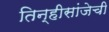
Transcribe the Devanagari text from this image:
तिन्हीसांजेची